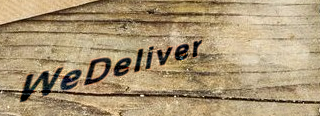
WeDeliver